On a parasite found in persons suffering from enlargement of the spleen in India, second report - Number 11
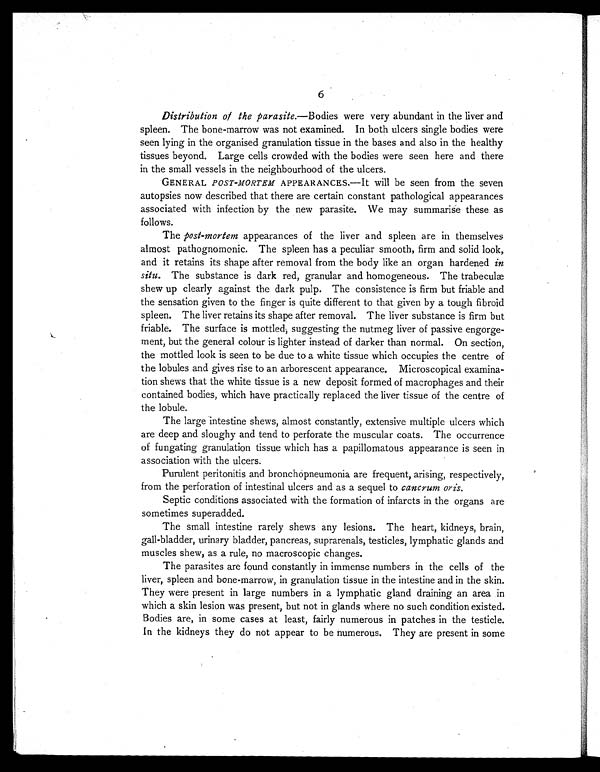
6
Distribution of the parasite. —Bodies were very abundant in the liver and
spleen. The bone-marrow was not examined. In both ulcers single bodies were
seen lying in the organised granulation tissue in the bases and also in the healthy
tissues beyond. Large cells crowded with the bodies were seen here and there
in the small vessels in the neighbourhood of the ulcers.
GENERAL POST-MORTEM APPEARANCES.—It will be seen from the seven
autopsies now described that there are certain constant pathological appearances
associated with infection by the new parasite. We may summarise these as
follows.
The post-mortem appearances of the liver and spleen are in themselves
almost pathognomonic. The spleen has a peculiar smooth, firm and solid look,
and it retains its shape after removal from the body like an organ hardened in
situ. The substance is dark red, granular and homogeneous. The trabeculæ
shew up clearly against the dark pulp. The consistence is firm but friable and
the sensation given to the finger is quite different to that given by a tough fibroid
spleen. The liver retains its shape after removal. The liver substance is firm but
friable. The surface is mottled, suggesting the nutmeg liver of passive engorge-
ment, but the general colour is lighter instead of darker than normal. On section,
the mottled look is seen to be due to a white tissue which occupies the centre of
the lobules and gives rise to an arborescent appearance. Microscopical examina-
tion shews that the white tissue is a new deposit formed of macrophages and their
contained bodies, which have practically replaced the liver tissue of the centre of
the lobule.
The large intestine shews, almost constantly, extensive multiple ulcers which
are deep and sloughy and tend to perforate the muscular coats. The occurrence
of fungating granulation tissue which has a papillomatous appearance is seen in
association with the ulcers.
Purulent peritonitis and bronchopneumonia are frequent, arising, respectively,
from the perforation of intestinal ulcers and as a sequel to cancrum oris.
Septic conditions associated with the formation of infarcts in the organs are
sometimes superadded.
The small intestine rarely shews any lesions. The heart, kidneys, brain,
gall-bladder, urinary bladder, pancreas, suprarenals, testicles, lymphatic glands and
muscles shew, as a rule, no macroscopic changes.
The parasites are found constantly in immense numbers in the cells of the
liver, spleen and bone-marrow, in granulation tissue in the intestine and in the skin.
They were present in large numbers in a lymphatic gland draining an area in
which a skin lesion was present, but not in glands where no such condition existed.
Bodies are, in some cases at least, fairly numerous in patches in the testicle.
In the kidneys they do not appear to be numerous. They are present in some